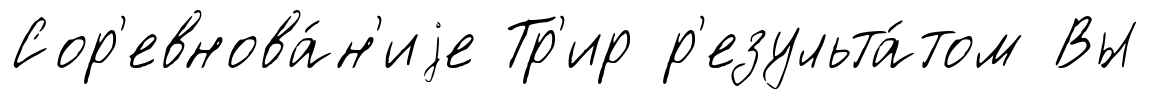
Сор'евнова́н'иjе Тр'ир р'езульта́том Вы